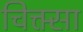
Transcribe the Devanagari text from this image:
चिक्त्सा